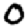
Digit: 0